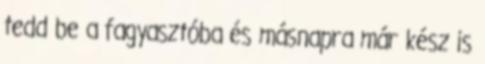
tedd be a fagyasztóba és másnapra már kész is